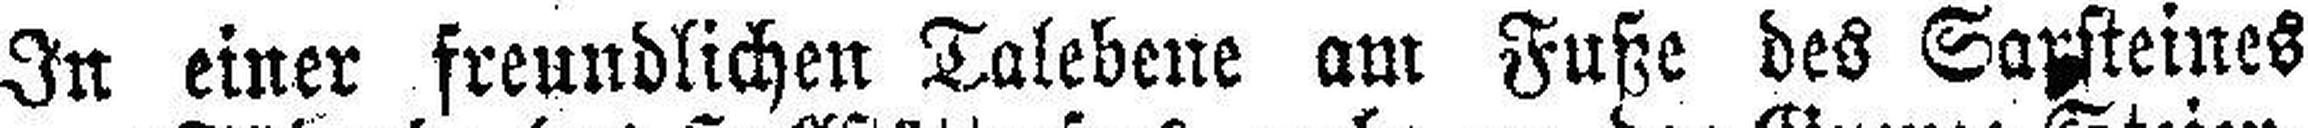
In einer freundlichen Talebene am Fuße des Satzsteines